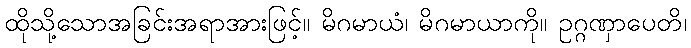
ထိုသို့သောအခြင်းအရာအားဖြင့်။ မိဂမာယံ၊ မိဂမာယာကို။ ဥဂ္ဂဏှာပေတိ၊